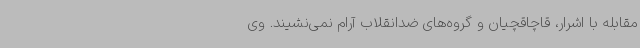
مقابله با اشرار، قاچاقچیان و گروه‌های ضدانقلاب آرام نمی‌نشیند. وی